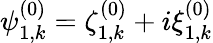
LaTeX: \psi_{1,k}^{(0)}=\zeta_{1,k}^{(0)}+i\xi_{1,k}^{(0)}